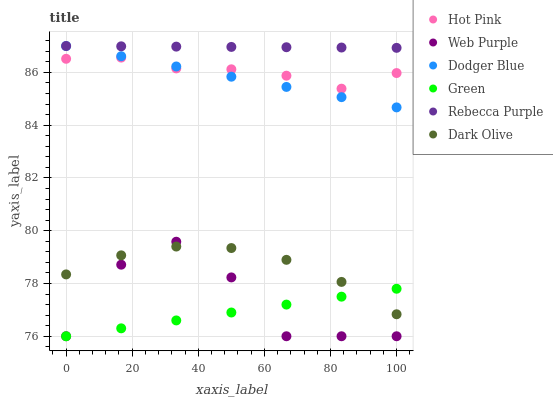
| xaxis_label | Hot Pink | Web Purple | Dodger Blue | Green | Rebecca Purple | Dark Olive |
 | --- | --- | --- | --- | --- | --- | --- |
 | 0 | 86.5 | 76 | 87 | 76 | 87 | 78.3 |
 | 16.7 | 86.6 | 78.7 | 86.6 | 76.3 | 87 | 79.1 |
 | 33.3 | 86.2 | 79.6 | 86.2 | 76.6 | 87 | 79.4 |
 | 50 | 86.1 | 78.2 | 85.8 | 76.9 | 87 | 79.3 |
 | 66.7 | 85.9 | 76 | 85.4 | 77.2 | 87 | 78.9 |
 | 83.3 | 85.4 | 76 | 85.1 | 77.5 | 86.9 | 78.1 |
 | 100 | 86 | 76 | 84.7 | 77.8 | 86.9 | 76.8 |